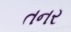
તનર